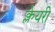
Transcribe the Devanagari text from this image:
क्लेयरी